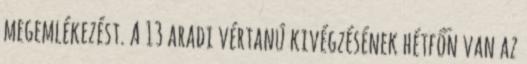
megemlékezést. A 13 aradi vértanú kivégzésének hétfőn van az